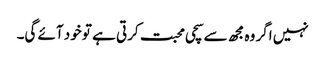
نہیں اگر وہ مجھ سے سچی محبت کرتی ہے تو خود آئے گی۔